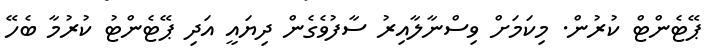
ޕޭޓެންޓް ކުރުން. މިކަމަށް ވިސްނާލާއިރު ސާފުވެގެން ދިޔައީ އަދި ޕޭޓެންޓު ކުރުމާ ބެހޭ